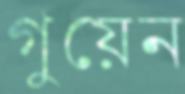
গুয়েন